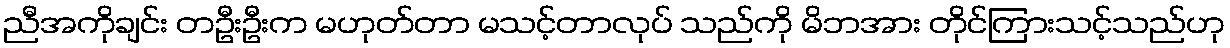
ညီအကိုချင်း တဦးဦးက မဟုတ်တာ မသင့်တာလုပ် သည်ကို မိဘအား တိုင်ကြားသင့်သည်ဟု